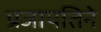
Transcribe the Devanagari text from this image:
प्रजापतिने